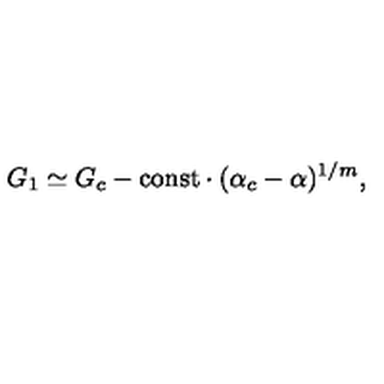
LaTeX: G _ { 1 } \simeq G _ { c } - \mathrm { c o n s t } \cdot ( \alpha _ { c } - \alpha ) ^ { 1 / m } ,